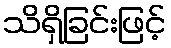
သိရှိခြင်းဖြင့်